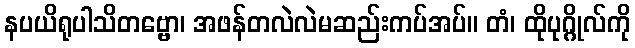
နပယိရုပါသိတဗ္ဗော၊ အဖန်တလဲလဲမဆည်းကပ်အပ်။ တံ၊ ထိုပုဂ္ဂိုလ်ကို